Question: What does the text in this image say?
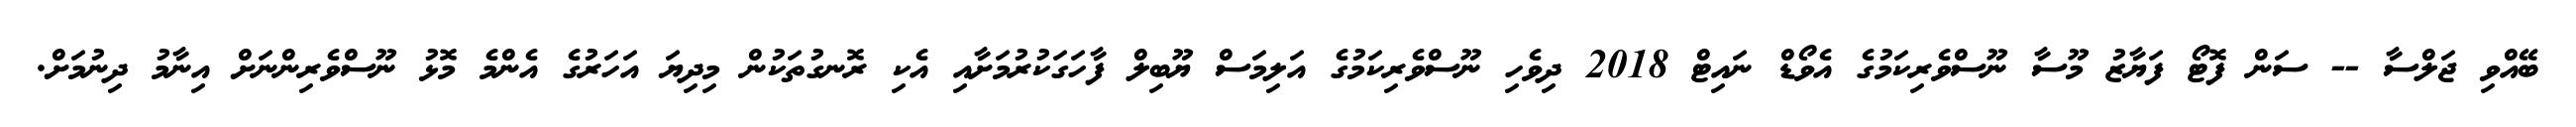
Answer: ބޭއްވި ޖަލްސާ -- ސަން ފޮޓޯ ފަޔާޒު މޫސާ ނޫސްވެރިކަމުގެ އެވޯޑް ނައިޓް 2018 ދިވެހި ނޫސްވެރިކަމުގެ އަލިމަސް ޔޫބިލް ފާހަގަކުރުމަށާއި އެކި ރޮނގުތަކުން މިދިޔަ އަހަރުގެ އެންމެ މޮޅު ނޫސްވެރިންނަށް އިނާމު ދިނުމަށް.